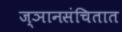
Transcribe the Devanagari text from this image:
ज्ञानसंचितात